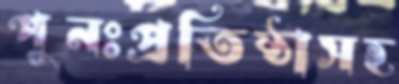
পুনঃপ্রতিষ্ঠাসহ